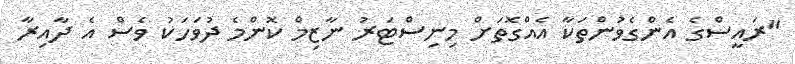
"ރައީސްގެ އެންގެވުންތަކާ އެއްގޮތަށް މިނިސްޓަރު ނާޒިމް ކޮންމެ ދުވަހަކު ވެސް އެ ދާއިރާ